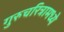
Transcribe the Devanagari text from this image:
गुरुचरित्रामध्ये